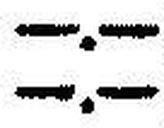
—.—